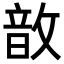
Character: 𢾚